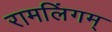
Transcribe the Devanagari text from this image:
रामलिंगम्